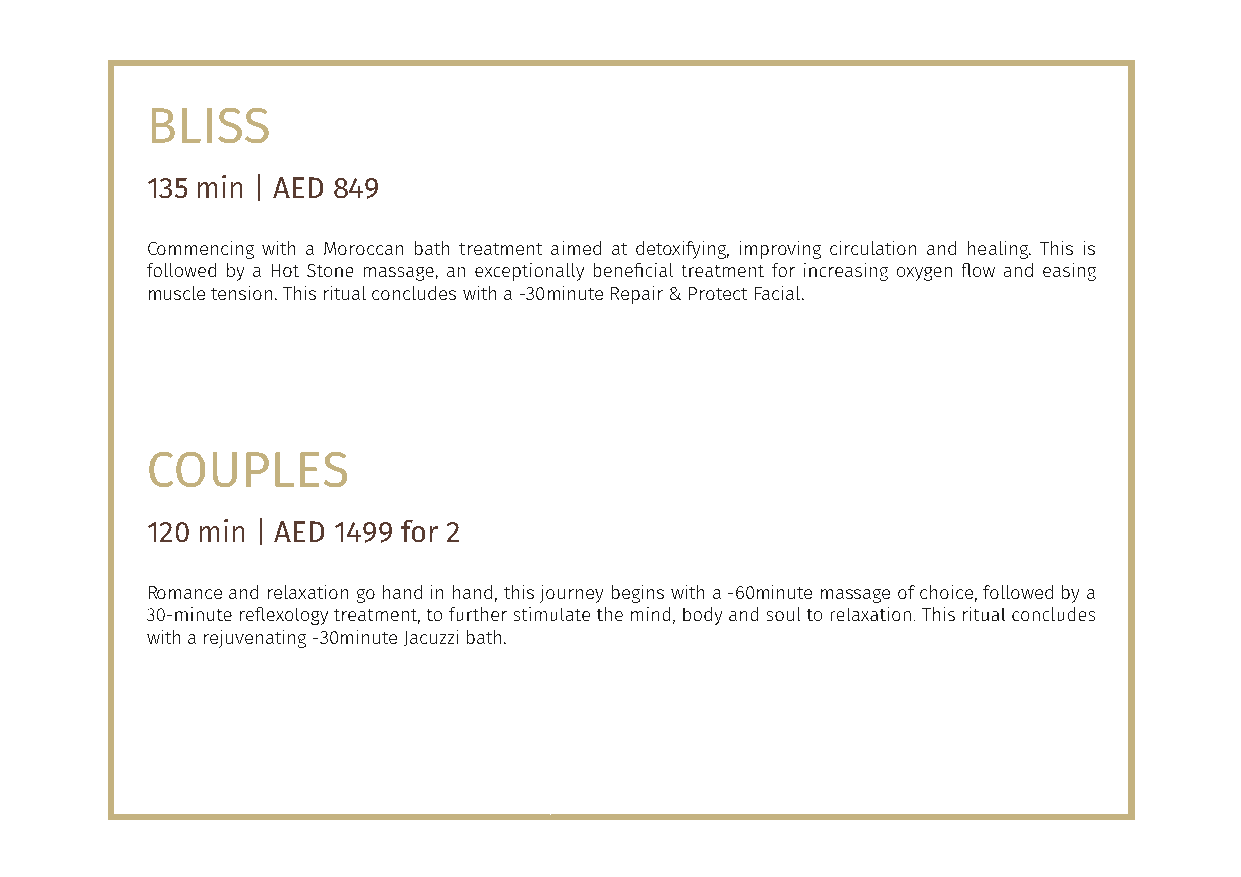
BLISS
 135 min | AED 849
 Commencing with a Moroccan bath treatment aimed at detoxifying, improving circulation and healing. This is
 muscle tension. This ritual concludes with a -30minute Repair & Protect Facial.
 COUPLES
 120 min | AED 1499 for 2
 Romance and relaxation go hand in hand, this journey begins with a -60minute massage of choice, followed by a
 with a rejuvenating -30minute Jacuzzi bath.